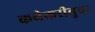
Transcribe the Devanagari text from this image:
कथेकरीबुवा